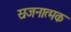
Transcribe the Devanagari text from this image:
स्रजनात्मक